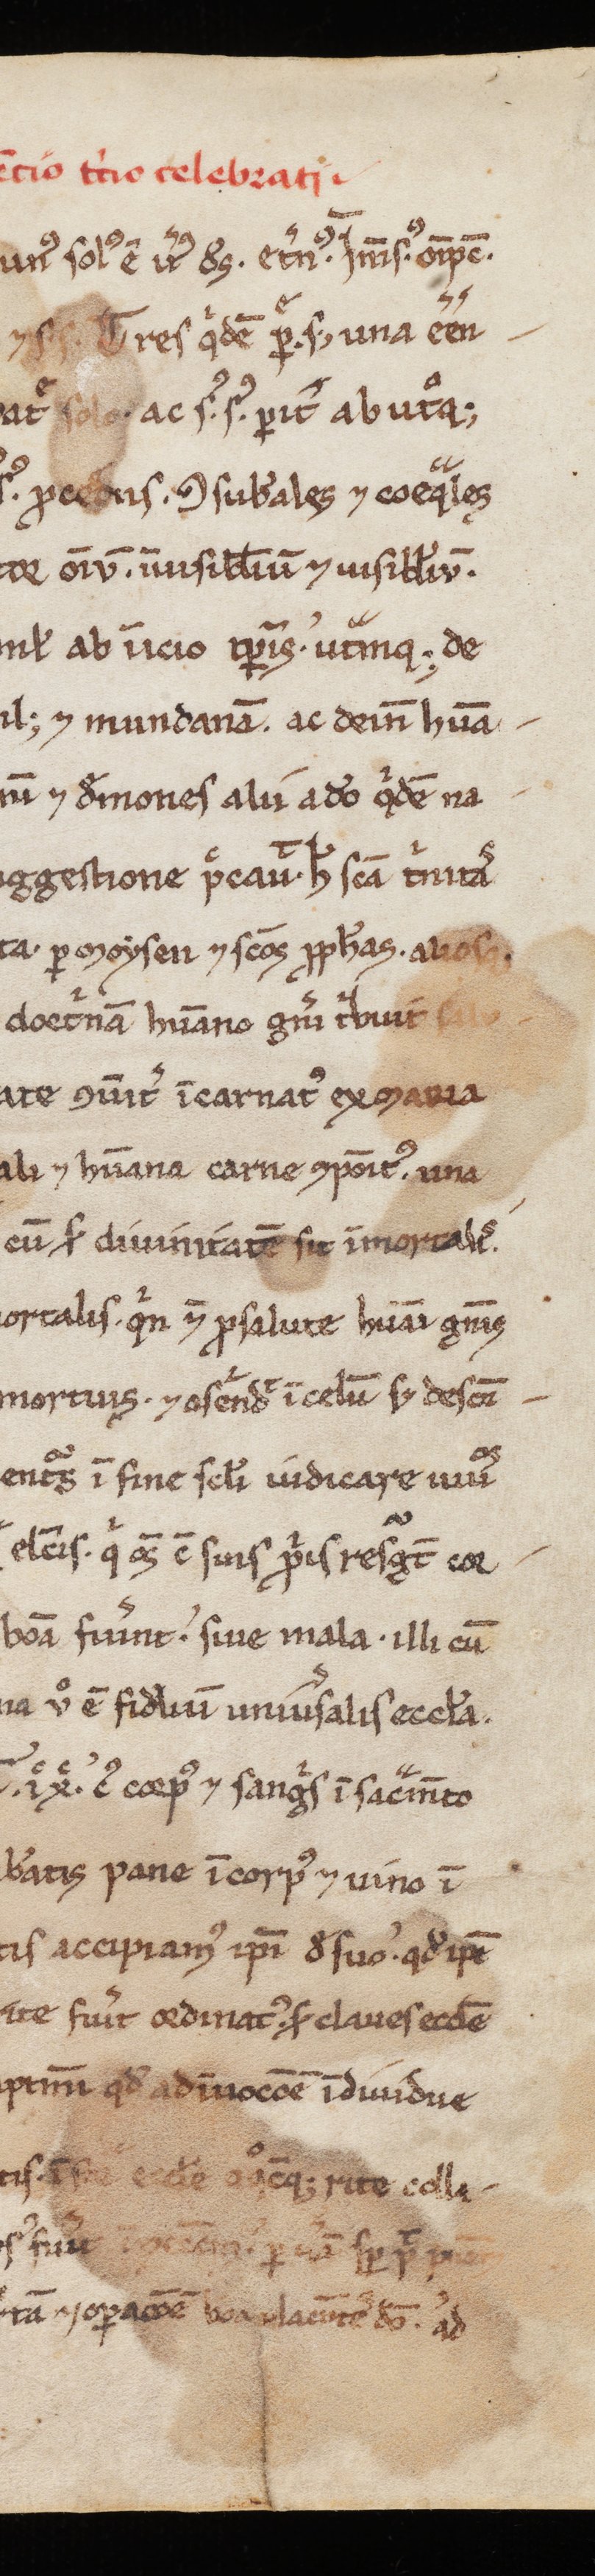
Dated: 1100–1099